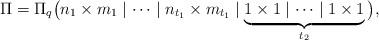
LaTeX: \begin{align*} \Pi=\Pi_q\big(n_1\times m_1\mid\cdots\mid n_{t_1}\times m_{t_1}\mid \underbrace{1\times 1\mid\cdots\mid1\times1}_{t_2}\big),\end{align*}